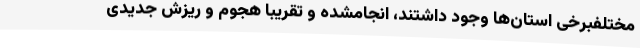
مختلفبرخی استان‌ها وجود داشتند، انجامشده و تقریبا هجوم و ریزش جدیدی